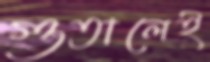
গুতালেই